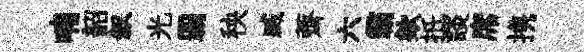
喃韶叙光覇秧臧薺六霸欸扺談席携